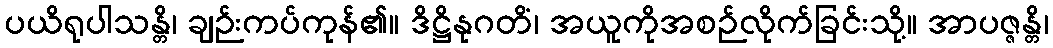
ပယိရုပါသန္တိ၊ ချဉ်းကပ်ကုန်၏။ ဒိဋ္ဌိနုဂတိံ၊ အယူကိုအစဉ်လိုက်ခြင်းသို့။ အာပဇ္ဇန္တိ၊